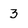
Character: 3